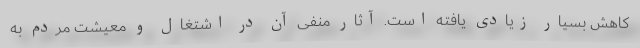
کاهش بسیار زیادی یافته است. آثار منفی آن در اشتغال و معیشت مردم به